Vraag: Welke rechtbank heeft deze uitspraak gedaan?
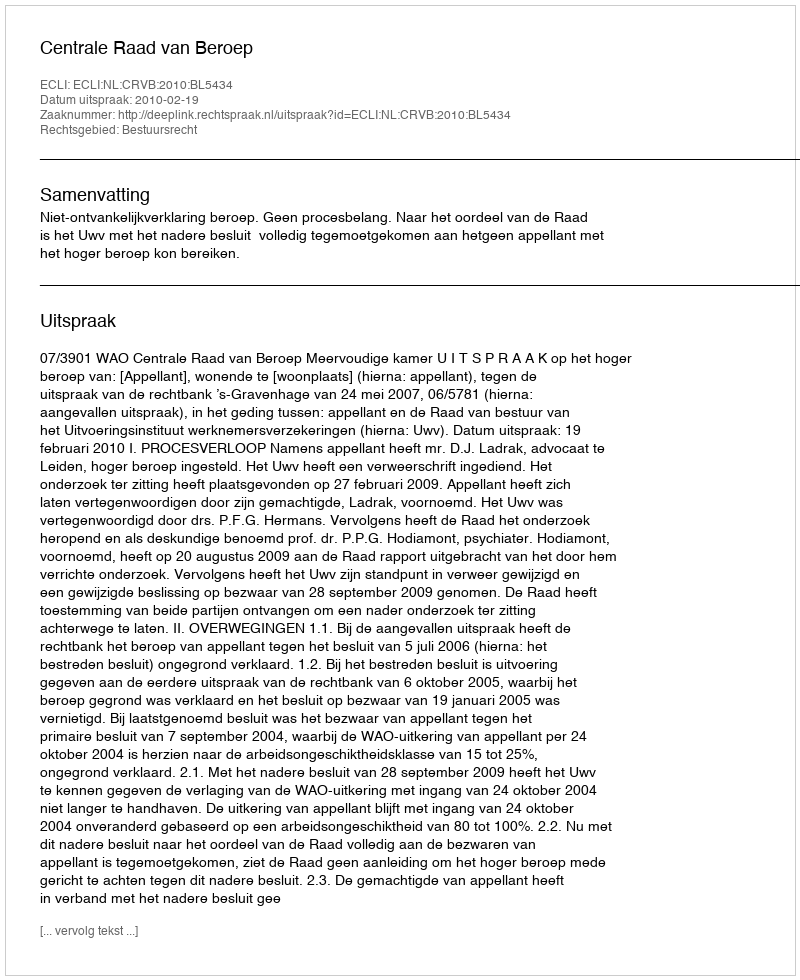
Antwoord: Centrale Raad van Beroep